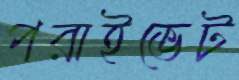
পরাইভেট